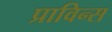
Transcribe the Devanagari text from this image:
प्राविन्स